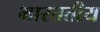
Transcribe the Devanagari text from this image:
भारततीय